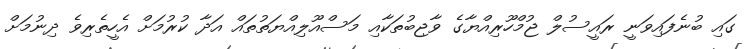
ގައި ބުނެފައިވަނީ ރައީސުލް ޖުމްހޫރިއްޔާގެ ވާޖިބުތަކާއި މަސްއޫލިއްޔަތުތައް އަދާ ކުރުމަށް އެހީތެރިވެ ދިނުމަށް